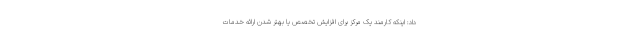
داد: اینکه کارمند یک مرکز برای افزایش تخصص یا بهتر شدن ارائه خدمات